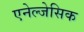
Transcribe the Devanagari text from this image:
एनेल्जेसिक